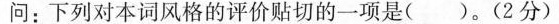
问：下列对本词风格的评价贴切的一项是( )。(2分)